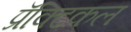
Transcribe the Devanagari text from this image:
प्रॅक्टिकल